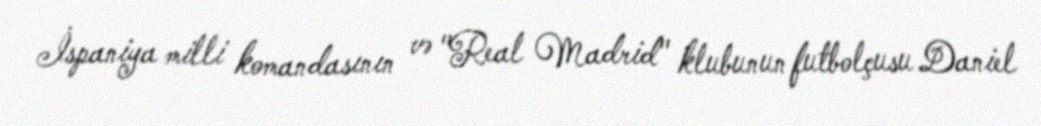
İspaniya milli komandasının və "Real Madrid" klubunun futbolçusu Daniel